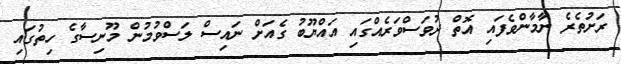
ރަށުތެރެ ނާމާންވެފައި އޮތް ދުވަސްވަރެއްގައި އައްޔޫބު ގެއަށް ނައިސް ލަސްވުމުން މޫނިސާގެ ހިތުގައި